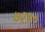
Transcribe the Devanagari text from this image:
७२४०